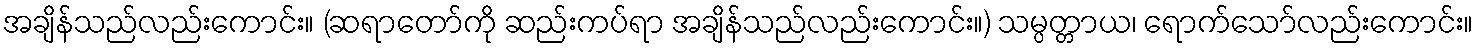
အချိန်သည်လည်းကောင်း။ (ဆရာတော်ကို ဆည်းကပ်ရာ အချိန်သည်လည်းကောင်း။) သမ္ပတ္တာယ၊ ရောက်သော်လည်းကောင်း။